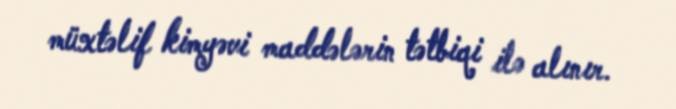
müxtəlif kimyəvi maddələrin tətbiqi ilə alınır.